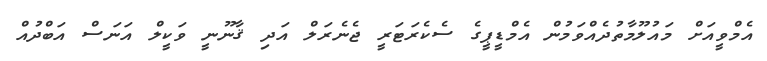
އެމްވީއަށް މައުލޫމާތުދެއްވަމުން އެމްޑީޕީގެ ސެކެރަޓަރީ ޖެނެރަލް އަދި ޤާނޫނީ ވަކީލް އަނަސް އަބްދުއް